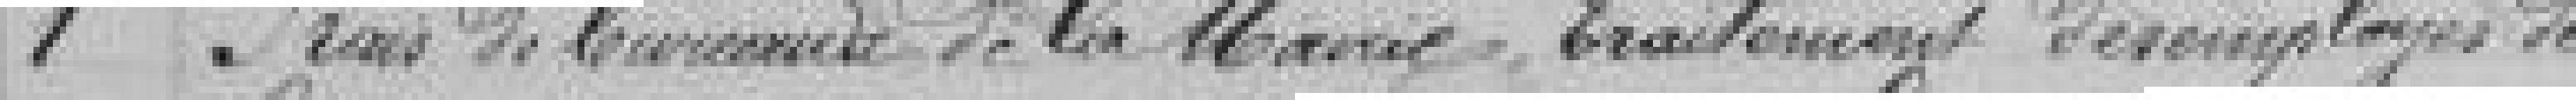
1 Frais de bureaux de la Mairie, traitement des employés de